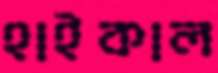
হাইকাল